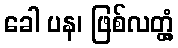
ခေါ ပန၊ ဖြစ်လတ္တံ့